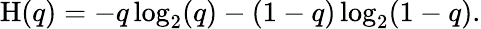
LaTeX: \mathrm{H}(q)=-q\log_{2}(q)-(1-q)\log_{2}(1-q).